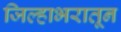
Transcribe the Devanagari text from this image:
जिल्हाभरातून